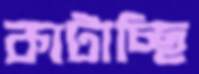
কাটাচ্ছি